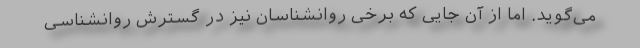
می‌گوید. اما از آن جایی که برخی روانشناسان نیز در گسترش روانشناسی